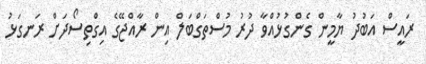
ރައީސް އަބުދު ޔާމީން ގެންގުޅުއްވާ ދުރު މުސްތަގްބަލް އިން ރާއްޖޭގެ އިގްތިސޯދަށް ރަނގަޅު